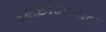
રણછોડરાયના